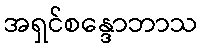
အရှင်စန္ဒောဘာသ